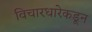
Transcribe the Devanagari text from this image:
विचारधारेकडून